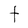
Character: t